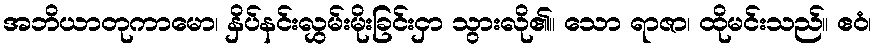
အဘိယာတုကာမော၊ နှိပ်နင်းလွှမ်းမိုးခြင်းငှာ သွားလို၏။ သော ရာဇာ၊ ထိုမင်းသည်။ ဧဝံ၊